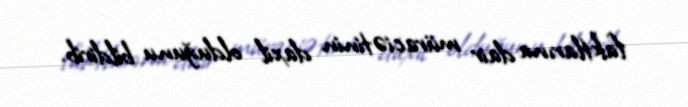
faktlarına dair müraciətinin daxil olduğunu bildirib.